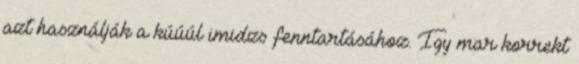
azt használják a kúúúl imidzs fenntartásához. Igy mar korrekt